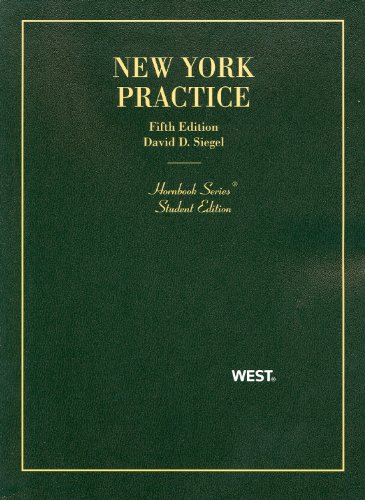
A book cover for New York Practice, 5th Edition, Student Edition; David Siegel; Law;